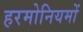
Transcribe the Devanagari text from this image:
हरमोनियमों